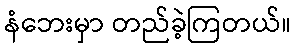
နံဘေးမှာ တည်ခဲ့ကြတယ်။